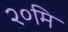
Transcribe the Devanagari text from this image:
२०मि